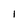
Character: 1